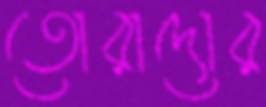
তোরাদোর